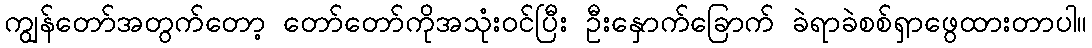
ကျွန်တော်အတွက်တော့ တော်တော်ကိုအသုံးဝင်ပြီး ဦးနှောက်ခြောက် ခဲရာခဲစစ်ရှာဖွေထားတာပါ။